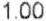
1.00